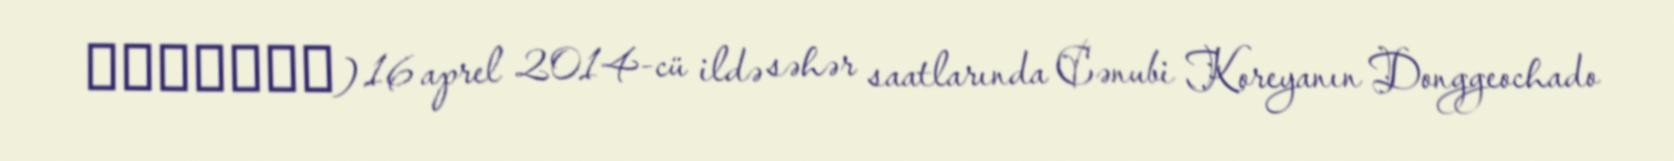
世越號沈沒事故) 16 aprel 2014-cü ildə səhər saatlarında Cənubi Koreyanın Donggeochado